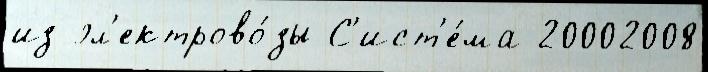
из эл'ектрово́зы С'ист'е́ма 20002008